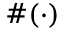
\# ( \cdot )